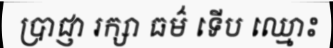
ប្រាជ្ញា រក្សា ធម៌ ទើប ឈ្មោះ